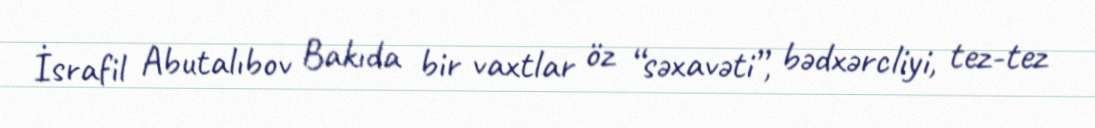
İsrafil Abutalıbov Bakıda bir vaxtlar öz “səxavəti”, bədxərcliyi, tez-tez